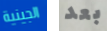
الجينية بعد